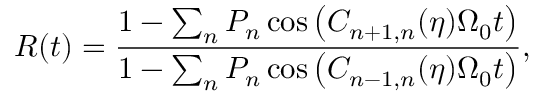
R ( t ) = \frac { 1 - \sum _ { n } P _ { n } \cos { \left( C _ { n + 1 , n } ( \eta ) \Omega _ { 0 } t \right) } } { 1 - \sum _ { n } P _ { n } \cos { \left( C _ { n - 1 , n } ( \eta ) \Omega _ { 0 } t \right) } } ,